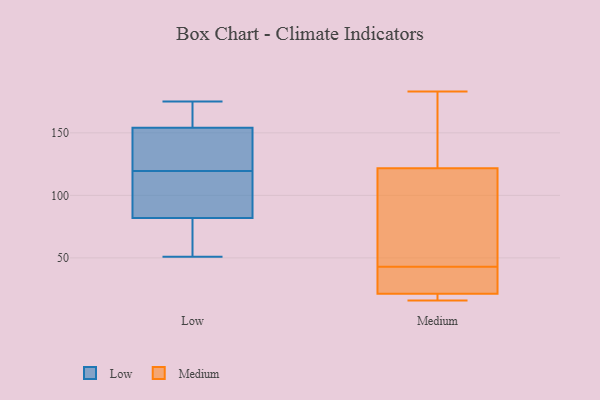
{"axis": {"x": "Conversion Rate (%)", "y": "Value"}, "legend": ["Low", "Medium"], "data": [{"x": "", "y": 175, "type": "Low"}, {"x": "", "y": 154, "type": "Low"}, {"x": "", "y": 138, "type": "Low"}, {"x": "", "y": 100, "type": "Low"}, {"x": "", "y": 164, "type": "Low"}, {"x": "", "y": 63, "type": "Low"}, {"x": "", "y": 102, "type": "Low"}, {"x": "", "y": 137, "type": "Low"}, {"x": "", "y": 82, "type": "Low"}, {"x": "", "y": 51, "type": "Low"}, {"x": "", "y": 121, "type": "Medium"}, {"x": "", "y": 183, "type": "Medium"}, {"x": "", "y": 22, "type": "Medium"}, {"x": "", "y": 26, "type": "Medium"}, {"x": "", "y": 94, "type": "Medium"}, {"x": "", "y": 170, "type": "Medium"}, {"x": "", "y": 43, "type": "Medium"}, {"x": "", "y": 23, "type": "Medium"}, {"x": "", "y": 124, "type": "Medium"}, {"x": "", "y": 16, "type": "Medium"}, {"x": "", "y": 16, "type": "Medium"}, {"x": "", "y": 19, "type": "Medium"}, {"x": "", "y": 105, "type": "Medium"}]}